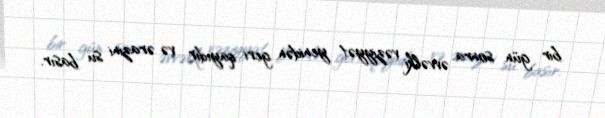
bir gün sonra əvvəlki vəziyyət yenidən geri qayıdır və ərazini su basır.